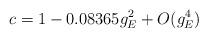
LaTeX: \begin{align*}c = 1-0.08365 g_E^2 + O(g_E^4) \end{align*}